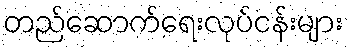
တည်ဆောက်ရေးလုပ်ငန်းများ